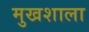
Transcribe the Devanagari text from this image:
मुखशाला